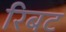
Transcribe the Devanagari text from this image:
रिबट